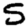
Digit: 5